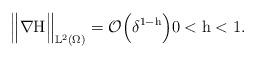
LaTeX: \begin{align*}\Big\Vert \nabla \mathrm{H} \Big\Vert_{\mathbb{L}^{2}(\Omega)} = \mathcal{O}\Big(\delta^{1-\mathrm{h}}\Big) 0<\mathrm{h}<1.\end{align*}